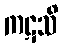
ကဋသိ